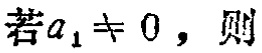
若\(a_{1}\neq 0\)，则